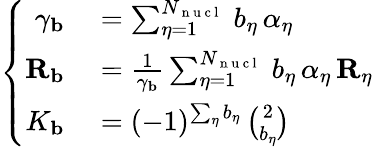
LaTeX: \left\lbrace\begin{array}{rl}{\gamma_{\mathbf{b}}}&{{}=\sum_{\eta=1}^{N_{\mathrm{~n~u~c~l~}}}\, b_{\eta}\, \alpha_{\eta}}\\ {{\mathbf{R}_{\mathbf{b}}}}&{{}=\frac{1}{\gamma_{\mathbf{b}}}\sum_{\eta=1}^{N_{\mathrm{~n~u~c~l~}}}\, b_{\eta}\, \alpha_{\eta}\, {\mathbf{R}_{\eta}}}\\ {K_{\mathbf{b}}}&{{}=(-1)^{\sum_{\eta}b_{\eta}}\, {\binom{2}{b_{\eta}}}}\end{array}\right.